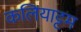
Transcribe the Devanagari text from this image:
कलियाट्टम